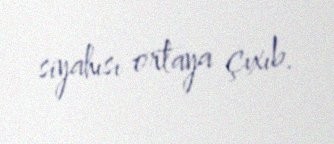
siyahısı ortaya çıxıb.